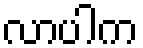
လာပါက